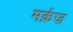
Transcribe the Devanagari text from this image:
मर्क़ज़